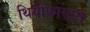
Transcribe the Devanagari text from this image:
थियोफ्रास्ट्स